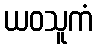
ယဝသူကံ